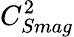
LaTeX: C_{Smag}^{2}